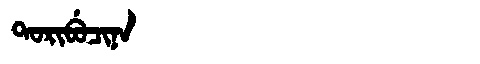
Manchu: ᡨᠣᡵᡳᠪᡠᠴᡳᠨᠠ
Romanization: TORIBUCINA